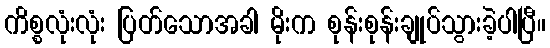
ကိစ္စလုံးလုံး ပြတ်သောအခါ မိုးက စုန်းစုန်းချုပ်သွားခဲ့ပါပြီ။